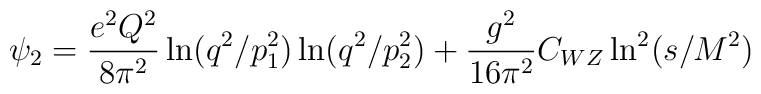
\psi_2 = \frac{e^2 Q^2}{8 \pi^2} \ln(q^2/ p^2_1)\ln(q^2/ p^2_2)    + \frac{g^2}{16 \pi^2}C_{WZ}\ln^2(s/ M^2) ~